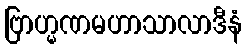
ဗြာဟ္မဏမဟာသာလာဒီနံ